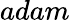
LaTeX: adam